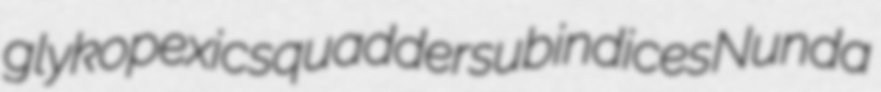
glykopexic squadder subindices Nunda